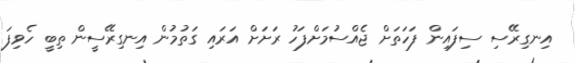
އިނގިރޭސި ސިފައިން ފަހަތަށް ޖެއްސުމަށްފަހު ރަށަށް އަރައި ގަތުމުން އިނގިރޭސީން ތިބީ ހެވިފަ